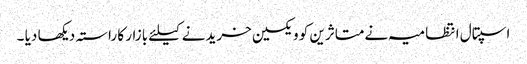
اسپتال انتظامیہ نےمتاثرین کو ویکسین خریدنے کیلئے بازار کا راستہ دیکھا دیا ۔